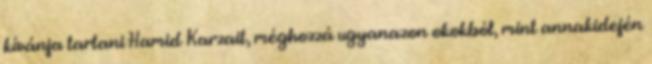
kívánja tartani Hamid Karzait, méghozzá ugyanazon okokból, mint annakidején